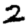
Digit: 2